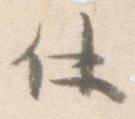
仕